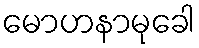
မောဟနာမုခေါ